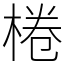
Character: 棬